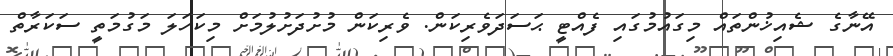
އޭނާގެ ޝެއިޚުންތައް މިގައުމުގައި ފެއްޓީ ޙަސަދަވެރިކަން. ވެރިކަން މުށުދަށުލުމަށް މިކަހަލަ މަގުމަތީ ސަކަރާތް